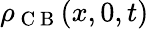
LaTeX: \rho_{\mathrm{~C~B~}}(x,0,t)